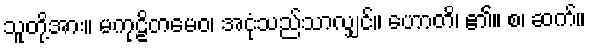
သူတို့အား။ မကုဠိတမေဝ၊ အငုံသည်သာလျှင်။ ဟောတိ၊ ၏။ စ၊ ဆက်။